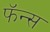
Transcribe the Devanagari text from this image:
फॅन्स